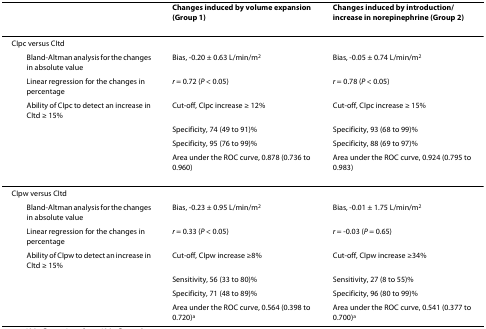
<table><thead><tr><td></td><td><b>Changes induced by volume expansion (Group 1)</b></td><td><b>Changes induced by introduction/increase in norepinephrine (Group 2)</b></td></tr></thead><tbody><tr><td>CIpc versus CItd</td><td></td><td></td></tr><tr><td> Bland-Altman analysis for the changes in absolute value</td><td>Bias, -0.20 ± 0.63 L/min/m<sup>2</sup></td><td>Bias, -0.05 ± 0.74 L/min/m<sup>2</sup></td></tr><tr><td> Linear regression for the changes in percentage</td><td><i>r </i>= 0.72 (<i>P </i>&lt; 0.05)</td><td><i>r </i>= 0.78 (<i>P </i>&lt; 0.05)</td></tr><tr><td> Ability of CIpc to detect an increase in CItd ≥ 15%</td><td>Cut-off, CIpc increase ≥ 12%</td><td>Cut-off, CIpc increase ≥ 15%</td></tr><tr><td></td><td>Specificity, 74 (49 to 91)%</td><td>Specificity, 93 (68 to 99)%</td></tr><tr><td></td><td>Specificity, 95 (76 to 99)%</td><td>Specificity, 88 (69 to 97)%</td></tr><tr><td></td><td>Area under the ROC curve, 0.878 (0.736 to 0.960)</td><td>Area under the ROC curve, 0.924 (0.795 to 0.983)</td></tr><tr><td>CIpw versus CItd</td><td></td><td></td></tr><tr><td> Bland-Altman analysis for the changes in absolute value</td><td>Bias, -0.23 ± 0.95 L/min/m<sup>2</sup></td><td>Bias, -0.01 ± 1.75 L/min/m<sup>2</sup></td></tr><tr><td> Linear regression for the changes in percentage</td><td><i>r </i>= 0.33 (<i>P </i>&lt; 0.05)</td><td><i>r </i>= -0.03 (<i>P </i>= 0.65)</td></tr><tr><td> Ability of CIpw to detect an increase in CItd ≥ 15%</td><td>Cut-off, CIpw increase ≥8%</td><td>Cut-off, CIpw increase ≥34%</td></tr><tr><td></td><td>Sensitivity, 56 (33 to 80)%</td><td>Sensitivity, 27 (8 to 55)%</td></tr><tr><td></td><td>Specificity, 71 (48 to 89)%</td><td>Specificity, 96 (80 to 99)%</td></tr><tr><td></td><td>Area under the ROC curve, 0.564 (0.398 to 0.720)<sup>a</sup></td><td>Area under the ROC curve, 0.541 (0.377 to 0.700)<sup>a</sup></td></tr></tbody></table>